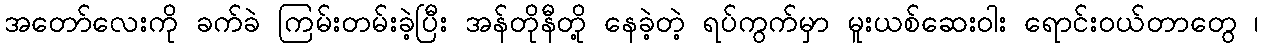
အတော်လေးကို ခက်ခဲ ကြမ်းတမ်းခဲ့ပြီး အန်တိုနီတို့ နေခဲ့တဲ့ ရပ်ကွက်မှာ မူးယစ်ဆေးဝါး ရောင်းဝယ်တာတွေ ၊